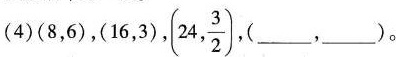
(4)(8，6)，(16，3)， (24, \frac{3}{2})(___，___)。